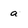
Character: a